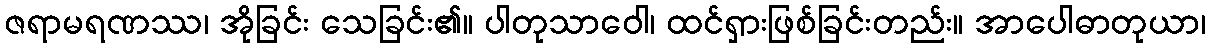
ဇရာမရဏဿ၊ အိုခြင်း သေခြင်း၏။ ပါတုသာဝေါ၊ ထင်ရှားဖြစ်ခြင်းတည်း။ အာပေါဓာတုယာ၊